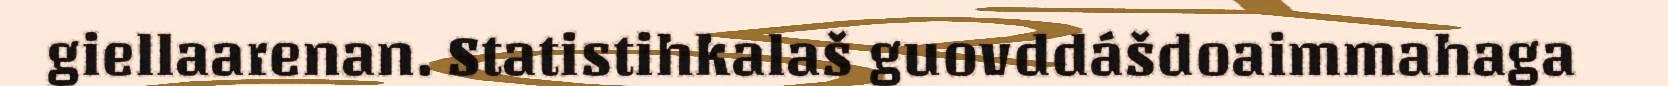
giellaarenan. Statistihkalaš guovddášdoaimmahaga